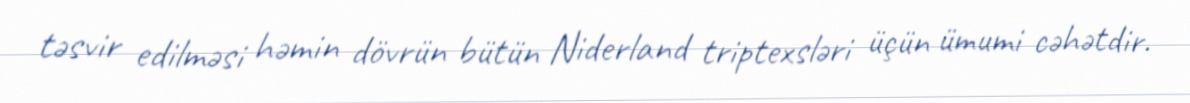
təsvir edilməsi həmin dövrün bütün Niderland triptexsləri üçün ümumi cəhətdir.